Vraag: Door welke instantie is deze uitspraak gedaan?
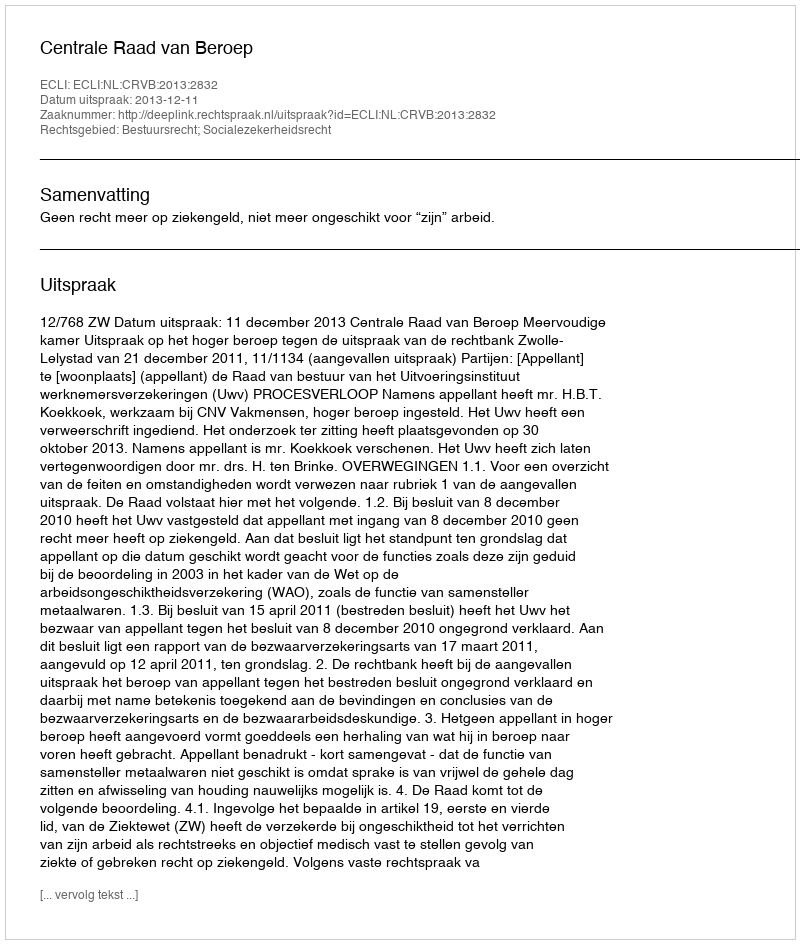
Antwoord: Centrale Raad van Beroep